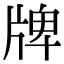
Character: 牌